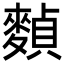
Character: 𪍕